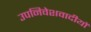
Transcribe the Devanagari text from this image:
उपनिवेशवादीयों